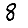
Digit: 8